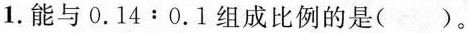
1.能与$$0 . 1 4 : 0 . 1$$组成比例的是( )。